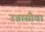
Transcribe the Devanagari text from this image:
उन्नासीवां